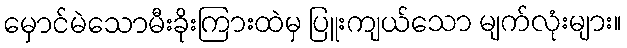
မှောင်မဲသောမီးခိုးကြားထဲမှ ပြူးကျယ်သော မျက်လုံးများ။